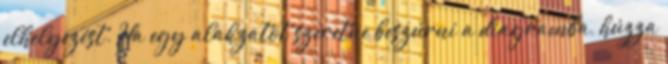
elhelyezést. Ha egy alakzatot szeretne beszúrni a diagramba, húzza